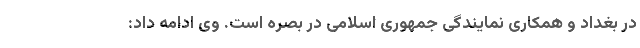
در بغداد و همکاری نمایندگی جمهوری اسلامی در بصره است. وی ادامه داد: